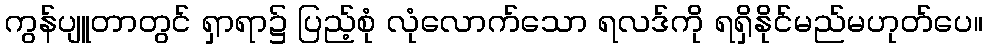
ကွန်ပျူတာတွင် ရှာရာ၌ ပြည့်စုံ လုံလောက်သော ရလဒ်ကို ရရှိနိုင်မည်မဟုတ်ပေ။